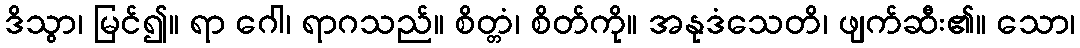
ဒိသွာ၊ မြင်၍။ ရာ ဂေါ၊ ရာဂသည်။ စိတ္တံ၊ စိတ်ကို။ အနုဒံသေတိ၊ ဖျက်ဆီး၏။ သော၊